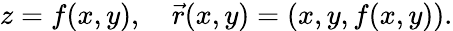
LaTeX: z=f(x,y),\quad{\vec{r}}(x,y)=(x,y,f(x,y)).